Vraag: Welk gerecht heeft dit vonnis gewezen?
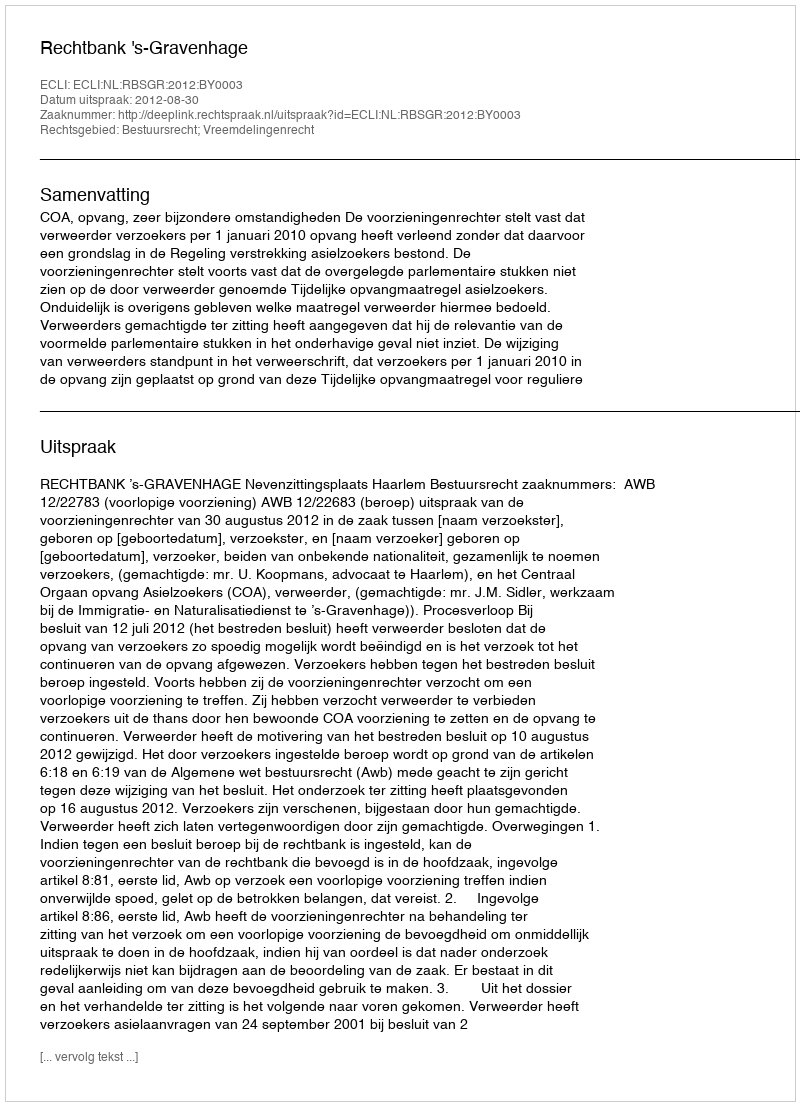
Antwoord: Rechtbank 's-Gravenhage